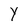
Character: Y